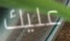
عليك